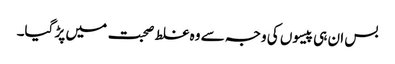
بس ان ہی پیسوں کی وجہ سے وہ غلط صحبت میں پڑ گیا۔